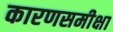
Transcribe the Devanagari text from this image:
कारणसमीक्षा